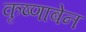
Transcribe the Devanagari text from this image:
कृष्णाबेन